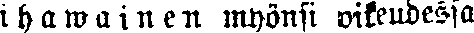
ihawainen myönsi oikeudessa